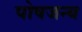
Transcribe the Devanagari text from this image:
पोषजन्य